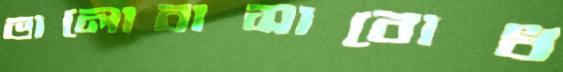
ভালোবাসাবোধ